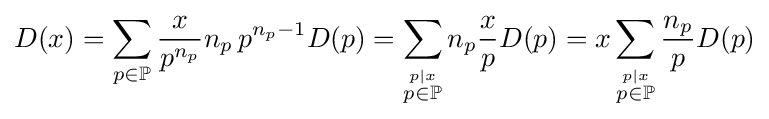
D(x)=\sum \limits _{p\in \mathbb {P} }{\frac {x}{p^{n_{p}}}}n_{p}\,p^{n_{p}-1}D(p)=\sum _{\stackrel {p\vert x}{p\in \mathbb {P} }}n_{p}{\frac {x}{p}}D(p)=x\sum _{\stackrel {p\vert x}{p\in \mathbb {P} }}{\frac {n_{p}}{p}}D(p)